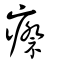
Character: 瘵